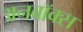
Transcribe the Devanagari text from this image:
अनबॉक्स